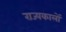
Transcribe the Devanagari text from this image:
राज्यकालों